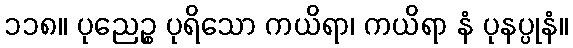
၁၁၈။ ပုညေဉ္စ ပုရိသော ကယိရာ၊ ကယိရာ နံ ပုနပ္ပုနံ။